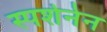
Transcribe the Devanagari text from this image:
स्पर्शनेन